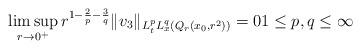
LaTeX: \begin{align*} \limsup_{r \to 0^+} r^{1-\frac{2}{p}-\frac{3}{q}} \|v_3\|_{L^p_tL^q_x(Q_r(x_0,r^2))} = 0 1 \leq p,q \leq \infty\end{align*}